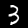
Digit: 3